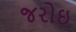
જરોઇ